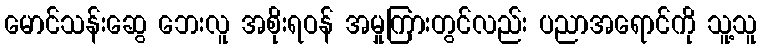
မောင်သန်းဆွေ ဘေးလူ အစိုးရဝန် အမှုကြားတွင်လည်း ပညာအရောင်ကို သူ့သူ